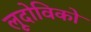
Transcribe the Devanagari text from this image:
लूदोविको